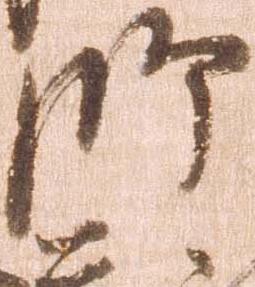
師